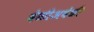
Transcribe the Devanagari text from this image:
वेळीअवेळी